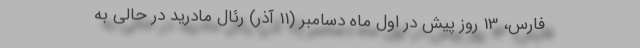
فارس، 13 روز پیش در اول ماه دسامبر (11 آذر) رئال مادرید در حالی به